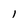
Character: l